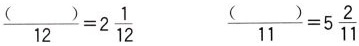
$$\frac { ( ) } { 1 2 } = 2 \frac { 1 } { 1 2 }$$ $$\frac { ( ) } { 1 1 } = 5 \frac { 2 } { 1 1 }$$